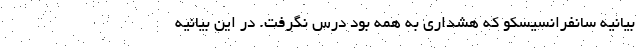
بیانیه سانفرانسیسکو که هشداری به همه بود درس نگرفت. در این بیانیه